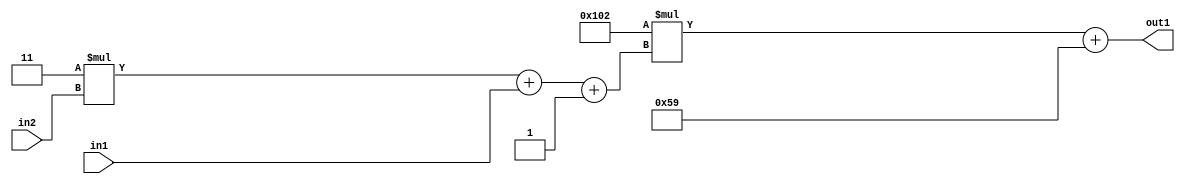
`timescale 1ps / 1ps
/*****************************************************************************
    Verilog RTL Description
    
    
    Created by: Stratus DpOpt 2019.1.01 
*******************************************************************************/

module DC_Filter_Add2i89Mul2i258Add3i1u1Mul2i3u2_4 (
	in2,
	in1,
	out1
	); /* architecture "behavioural" */ 
input [1:0] in2;
input  in1;
output [11:0] out1;
wire [11:0] asc001;
wire [3:0] asc002;

wire [3:0] asc002_tmp_0;
wire [3:0] asc002_tmp_1;
assign asc002_tmp_1 = 
	+(4'B0011 * in2);
assign asc002_tmp_0 = asc002_tmp_1
	+(in1);
assign asc002 = asc002_tmp_0
	+(4'B0001);

wire [11:0] asc001_tmp_2;
assign asc001_tmp_2 = 
	+(12'B000100000010 * asc002);
assign asc001 = asc001_tmp_2
	+(12'B000001011001);

assign out1 = asc001;
endmodule

/* CADENCE  vrP2Qg8= : u9/ySgnWtBlWxVPRXgAZ4Og= ** DO NOT EDIT THIS LINE ******/